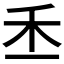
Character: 𥝍